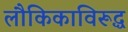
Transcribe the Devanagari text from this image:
लौकिकाविरूद्ध